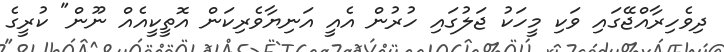
ދިވެހިރާއްޖޭގައި ވަކި މީހަކު ޖަލުގައި ހުރުން އެއީ އަނިޔާވެރިކަން އޮތީކީއެއް ނޫން" ކުރީގެ